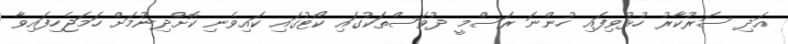
އަދި ސަރުކާރު ހުޅުވިފައި ހުންނަ ރަސްމީ ދުވަސްތަކުގައި ކޯޓުގައި ކައިވެނި ކޮށްދިނުމަށް ހަމަޖެހިފައިވާ